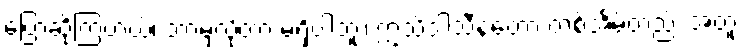
ပြောဆိုကြတယ်၊ ဘာမှလိုတာ မရှိပါဘူး၊ ဣသိဒါသီနဲ့တော့ တစ်အိမ်တည်း အတူ